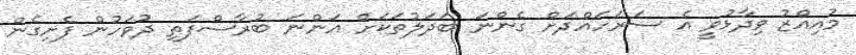
މުއިއްޒު ވިދާޅުވީ އެ ސަރަހައްދަށް ގެންނަ ބަދަލުތަކަށް އަންނަ ބުރާސްފަތި ދުވަހުން ފެށިގެން